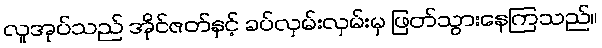
လူအုပ်သည် အိုင်ဇတ်နှင့် ခပ်လှမ်းလှမ်းမှ ဖြတ်သွားနေကြသည်။